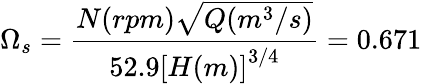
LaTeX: \Omega_{s}=\frac{N(rpm)\sqrt{Q(m^{3}/s)}}{52.9\left[H(m)\right]^{3/4}}=0.671